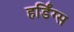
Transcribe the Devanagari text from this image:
हर्डिंग्स